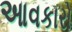
આવકારો